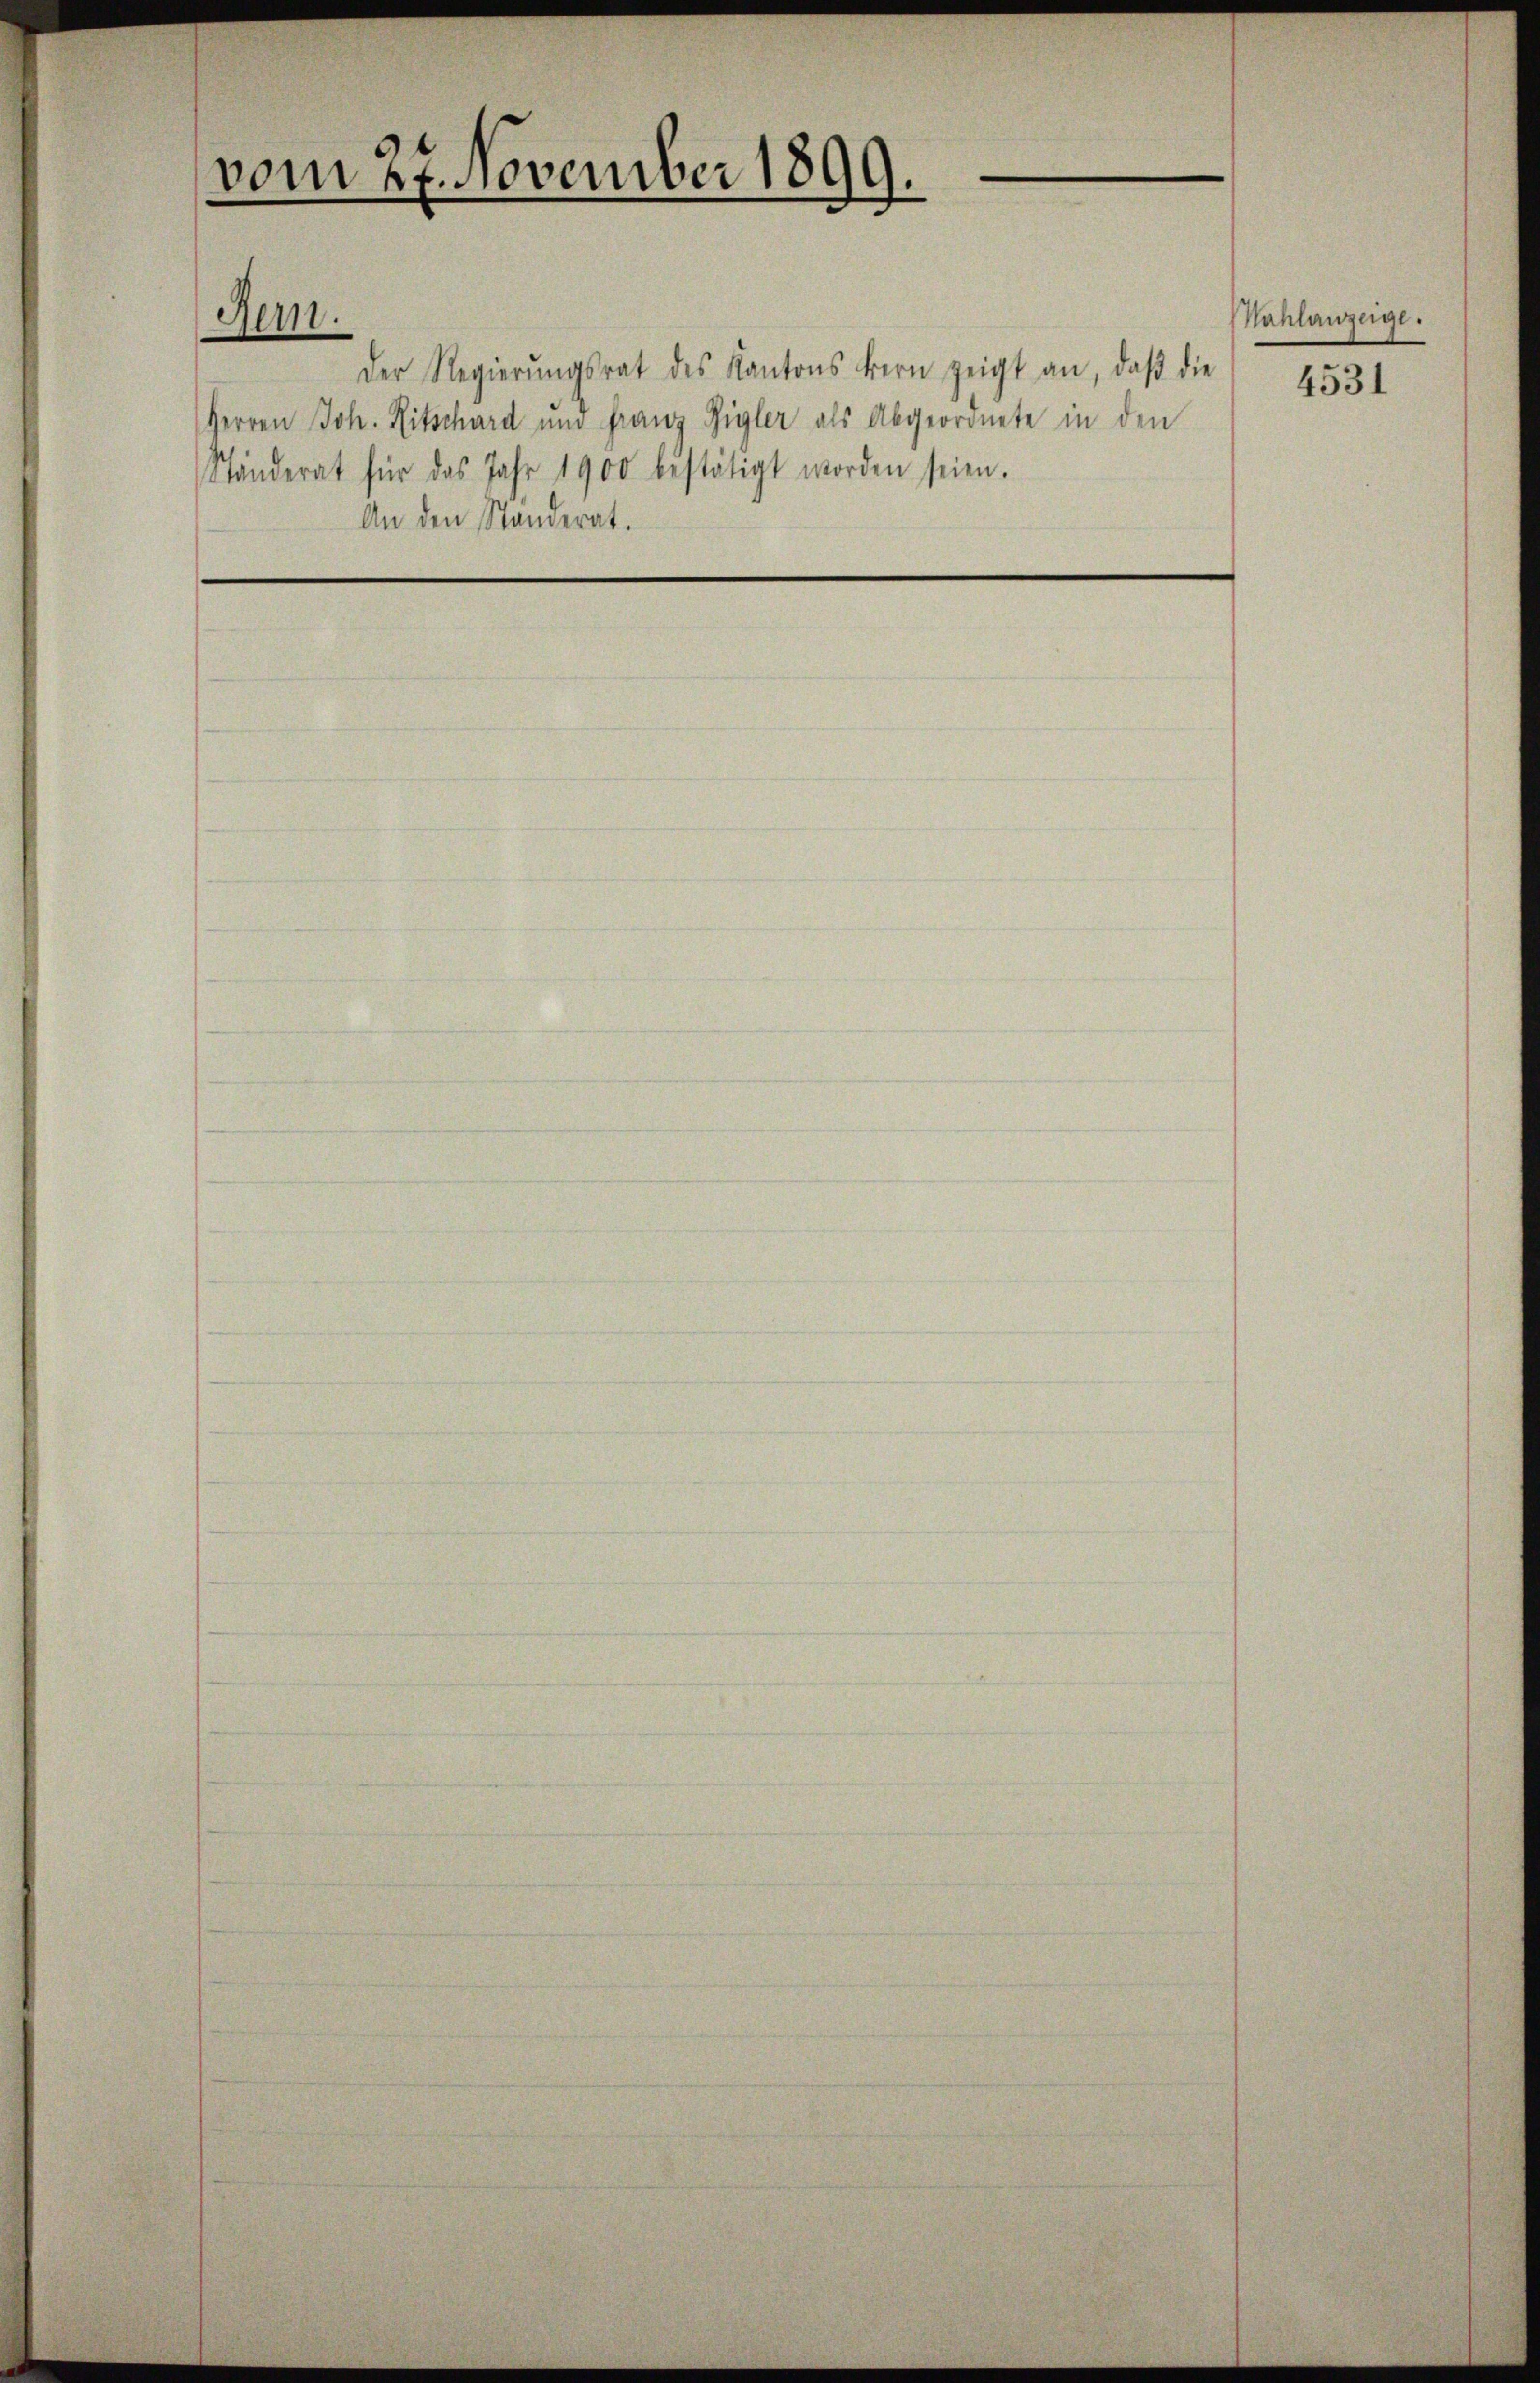
vom 27. November 1899.

Jern.

Der Regierŭngsrat des Kantons Bern zeigt an, daβ die
Herren Joh. Ritschard und franz Gigler als Abgeordnete in den
Ständerat für das Jahr 1900 bestätigt worden seien.
An den Standerat.

Nahlanzeige.

4531